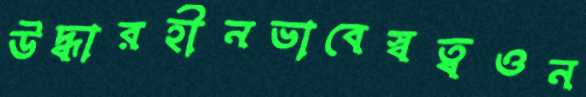
উদ্ধারহীনভাবেস্বত্বওন